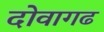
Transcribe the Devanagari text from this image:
दोवागढ